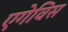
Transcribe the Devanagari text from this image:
एगेविस